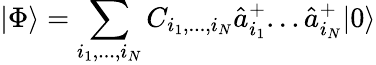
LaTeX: |\Phi\rangle=\sum_{i_{1},...,i_{N}}C_{i_{1},...,i_{N}}\hat{a}_{i_{1}}^{+}...\hat{a}_{i_{N}}^{+}|0\rangle